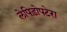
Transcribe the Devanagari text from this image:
लेपिड़ोपटेरा